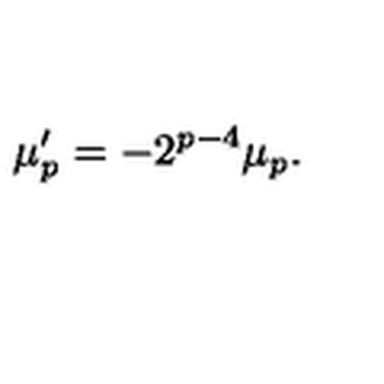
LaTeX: \mu _ { p } ^ { \prime } = - 2 ^ { p - 4 } \mu _ { p } .